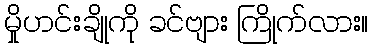
မှိုဟင်းချိုကို ခင်ဗျား ကြိုက်လား။